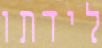
לידתו